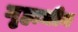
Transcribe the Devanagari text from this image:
गृहाधीन